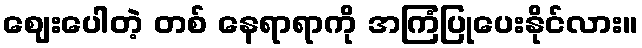
ဈေးပေါတဲ့ တစ် နေရာရာကို အကြံပြုပေးနိုင်လား။